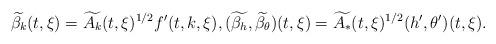
LaTeX: \begin{align*}\widetilde{\beta_k}(t,\xi)=\widetilde{A_k}(t,\xi)^{1/2}f'(t,k,\xi),(\widetilde{\beta_h},\widetilde{\beta_\theta})(t,\xi)=\widetilde{A_*}(t,\xi)^{1/2}(h',\theta')(t,\xi).\end{align*}